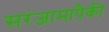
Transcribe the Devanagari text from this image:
सरंजामापैकी